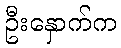
ဦးနှောက်က